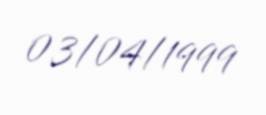
03/04/1999